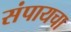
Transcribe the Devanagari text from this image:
संपायचा